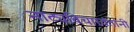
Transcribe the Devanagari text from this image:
नाट्यविचारवंतांनी